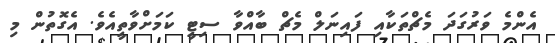
އެންމެ ވަރުގަދަ މެޗްތަކާއި ފައިނަލް މެޗް ބާއްވާ ސިޓީ ކަމަށްވާތީއެވެ. އެގޮތުން މި